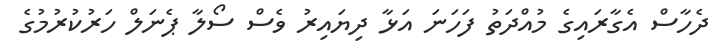
ދެހާސް އެގާރައިގެ މުއްދަތު ފަހަނަ އަޅާ ދިޔައިރު ވެސް ސޯލާ ޕެނަލް ހަރުކުރުމުގެ